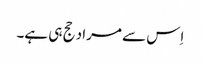
اِس سے مراد حج ہی ہے۔